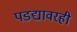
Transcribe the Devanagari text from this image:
पडद्यावरही